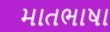
માતભાષા